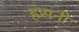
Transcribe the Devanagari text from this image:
हंसनी